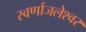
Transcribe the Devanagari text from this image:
स्वर्णाजलेश्वर